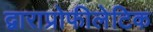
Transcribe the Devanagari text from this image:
द्वाराप्रोफीलेटिक